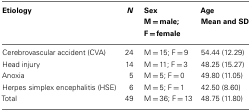
<table><thead><tr><td><b>Etiology</b></td><td><b><i>N</i></b></td><td><b>Sex</b></td><td><b>Age</b></td></tr><tr><td></td><td></td><td><b>M = male; F = female</b></td><td><b>Mean and SD</b></td></tr></thead><tbody><tr><td>Cerebrovascular accident (CVA)</td><td>24</td><td>M = 15; F = 9</td><td>54.44 (12.29)</td></tr><tr><td>Head injury</td><td>14</td><td>M = 11; F = 3</td><td>48.25 (15.27)</td></tr><tr><td>Anoxia</td><td>5</td><td>M = 5; F = 0</td><td>49.80 (11.05)</td></tr><tr><td>Herpes simplex encephalitis (HSE)</td><td>6</td><td>M = 5; F = 1</td><td>42.50 (8.60)</td></tr><tr><td>Total</td><td>49</td><td>M = 36; F = 13</td><td>48.75 (11.80)</td></tr></tbody></table>